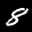
Label: 8